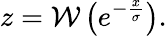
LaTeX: z=\mathcal{W}\left(e^{-{\frac{{x}}{{\sigma}}}}\right).